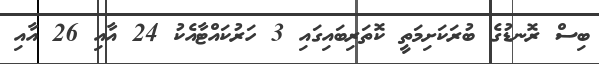
ބިސް ރޮނޑުގެ ބުރަކަށިމަތީ ކޮތަރިބައިގައި 3 ހަރުކައްޓާއެކު 24 އާއި 26 އާއި